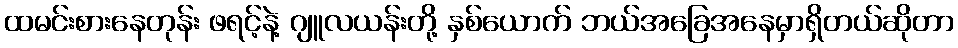
ထမင်းစားနေတုန်း ဖရင့်နဲ့ ဂျူလယန်းတို့ နှစ်ယောက် ဘယ်အခြေအနေမှာရှိတယ်ဆိုတာ